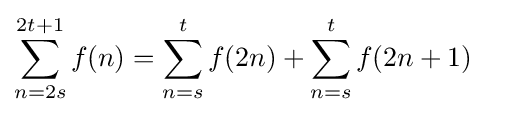
\sum _{n=2s}^{2t+1}f(n)=\sum _{n=s}^{t}f(2n)+\sum _{n=s}^{t}f(2n+1)\quad